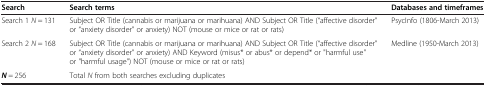
<table><thead><tr><td><b>Search</b></td><td><b>Search terms</b></td><td><b>Databases and timeframes</b></td></tr></thead><tbody><tr><td>Search 1 <i>N</i> = 131</td><td>Subject OR Title (cannabis or marijuana or marihuana) AND Subject OR Title (“affective disorder” or “anxiety disorder” or anxiety) NOT (mouse or mice or rat or rats)</td><td>PsycInfo (1806-March 2013)</td></tr><tr><td>Search 2 <i>N</i> = 168</td><td>Subject OR Title (cannabis or marijuana or marihuana) AND Subject OR Title (“affective disorder” or “anxiety disorder” or anxiety) AND Keyword (misus* or abus* or depend* or &quot;harmful use&quot; or &quot;harmful usage&quot;) NOT (mouse or mice or rat or rats)</td><td>Medline (1950-March 2013)</td></tr><tr><td><b><i>N</i></b> = 256</td><td colspan="2">Total <i>N</i> from both searches excluding duplicates</td></tr></tbody></table>